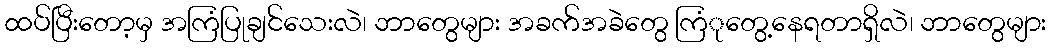
ထပ်ပြီးတော့မှ အကြံပြုချင်သေးလဲ၊ ဘာတွေများ အခက်အခဲတွေ ကြံုတွေ့နေရတာရှိလဲ၊ ဘာတွေများ